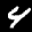
Label: 4